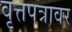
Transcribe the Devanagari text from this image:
वृत्तपत्रावर